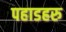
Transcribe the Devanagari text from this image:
पहाडहरु